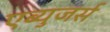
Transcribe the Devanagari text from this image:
एब्युजर्स